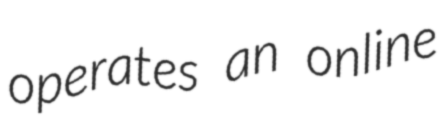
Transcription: operates an online